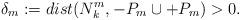
LaTeX: \begin{align*}\delta_{m}:=dist(N_{k}^{m}, -P_{m}\cup +P_{m})>0.\end{align*}